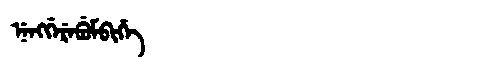
Manchu: ᠨᡝᠩᡤᡝᡵᡝᠪᡠᠮᠪᡳᡥᡝ
Romanization: NENGGEREBUMBIHE